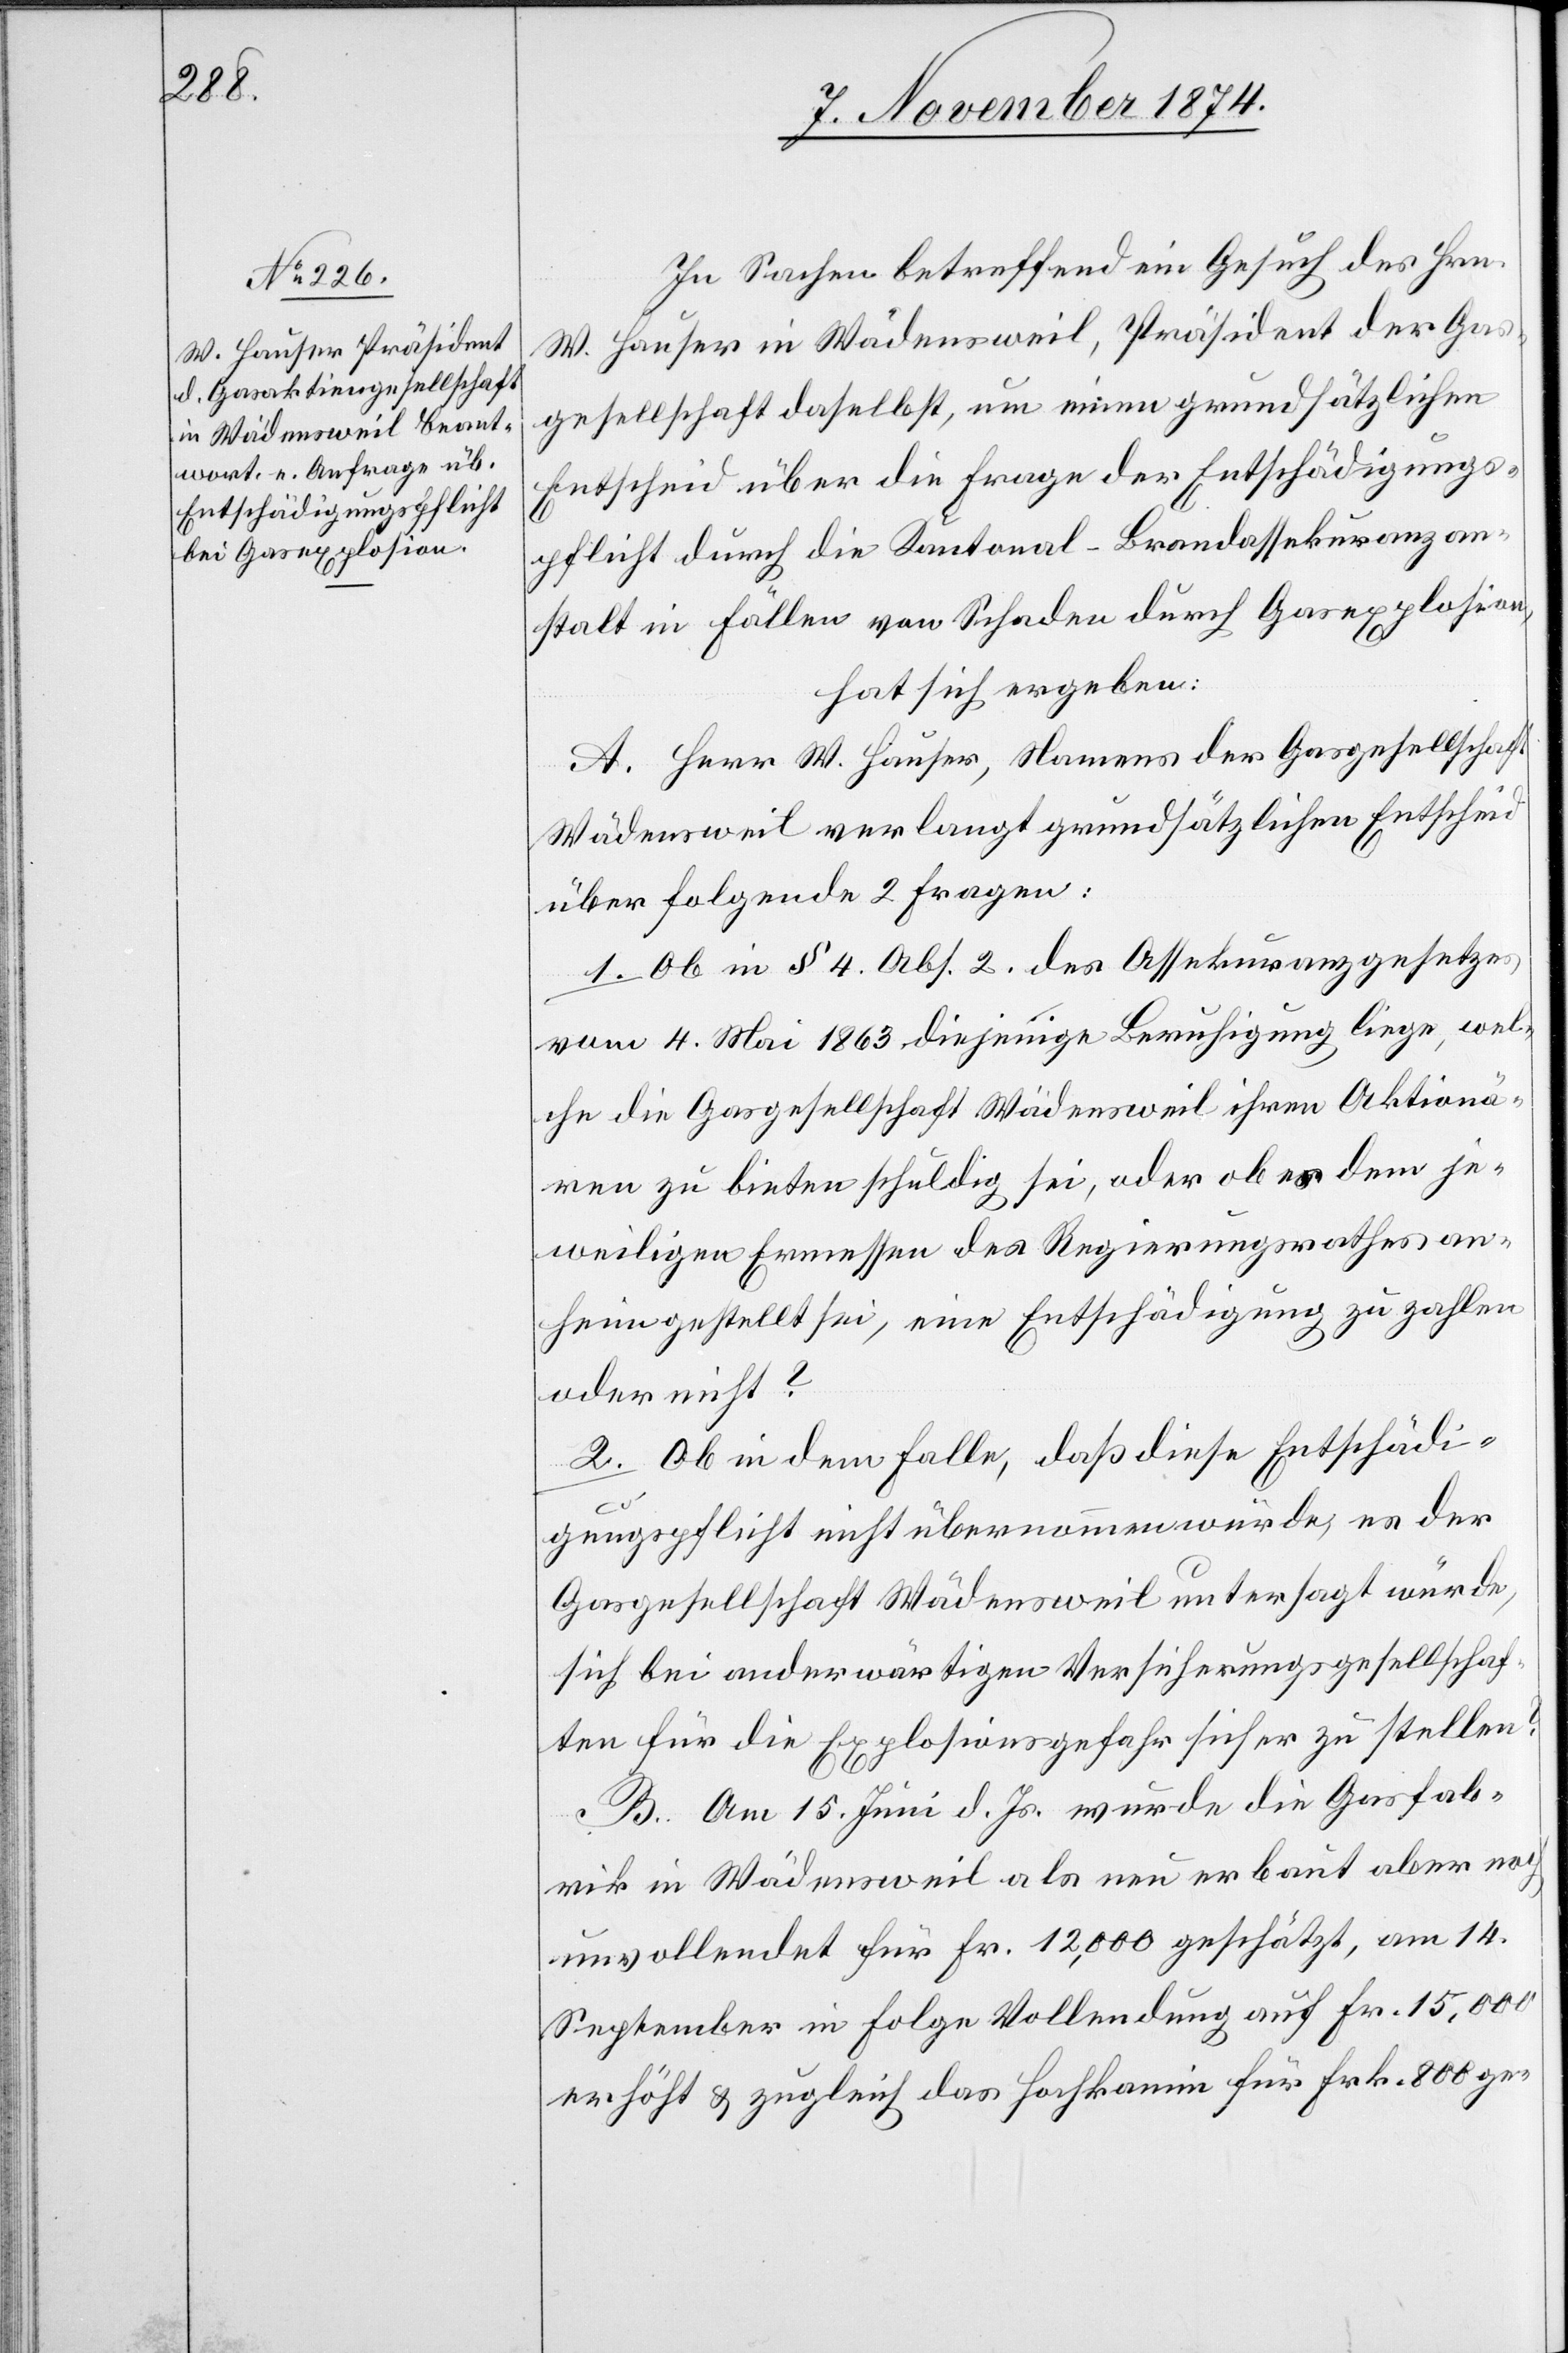
In Sachen betreffend ein Gesuch des Hrn.
W. Hauser in Wädensweil, Präsident der Gas¬
gesellschaft daselbst, um einen grundsätzlichen
Entscheid über die Frage der Entschädigungs¬
pflicht durch die Kantonal-Brandassekuranzan¬
stalt in Fällen von Schaden durch Gasexplosion,
hat sich ergeben:
A. Herr W. Hauser, Namens der Gasgesellschaft
Wädensweil verlangt grundsätzlichen Entscheid
über folgende 2 Fragen:
1. Ob in § 4. Abs. 2. des Assekuranzgesetzes
vom 4. Mai 1863 diejenige Beruhigung liege, wel¬
che die Gasgesellschaft Wädensweil ihren Aktionä¬
ren zu bieten schuldig sei, oder ob es dem je¬
weiligen Ermessen des Regierungsrathes an¬
heimgestellt sei, eine Entschädigung zu zahlen
oder nicht?
2. Ob in dem Falle, daß diese Entschädi¬
gungspflicht nicht übernommen würde, es der
Gasgesellschaft Wädensweil untersagt würde,
sich bei anderwärtigen Versicherungsgesellschaf¬
ten für die Explosionsgefahr sicher zu stellen?
B. Am 15. Juni d. Js. wurde die Gasfab¬
rik in Wädensweil als neu erbaut aber noch
unvollendet für Fr. 12,000 geschätzt, am 14.
September in Folge Vollendung auf Fr. 15,000
erhöht & zugleich das Hochkamin für Frk. 800 ge-